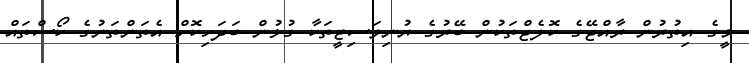
މީގެ އިތުރުން ރާއްޖޭގެ ކޮލެޖްތަކުން ބޭރުގެ ޔުނިވަސިޓީތަކާ ގުޅުން ބަދަހިކޮށް އެތަންތަނުގެ ކޯސްތައް